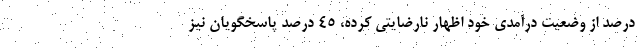
درصد از وضعیت درآمدی خود اظهار نارضایتی کرده، ۴۵ درصد پاسخگویان نیز